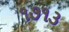
૧૭૧૩